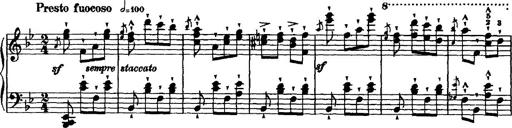
Title: Grande valse di bravura
Composer: Franz Liszt